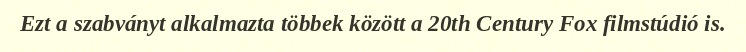
Ezt a szabványt alkalmazta többek között a 20th Century Fox filmstúdió is.